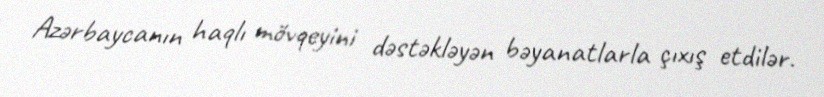
Azərbaycanın haqlı mövqeyini dəstəkləyən bəyanatlarla çıxış etdilər.